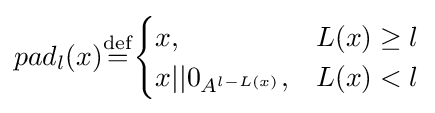
pad_{l}(x){\stackrel {\mathrm {def} }{=}}{\begin{cases}x,&L(x)\geq l\\x||0_{A^{l-L(x)}},&L(x)<l\end{cases}}